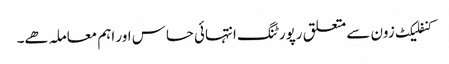
کنفلیکٹ زون سے متعلق رپورٹنگ انتہائی حساس اور اہم معاملہ ھے۔